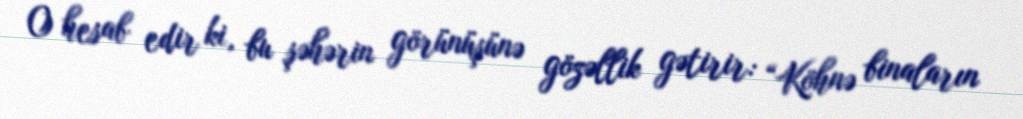
O hesab edir ki, bu şəhərin görünüşünə gözəllik gətirir: “Köhnə binaların